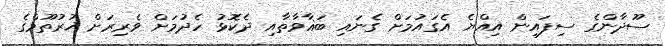
ސޫދާންގެ ސިފައިން އިއްޔެ އެގައުމަށް ގެނައި ބަޣާވާތާއި ދެކޮޅު ހެދުމަށް ވެރިރަށް ޚުރުތޫމްގެ